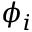
\phi _ { i }